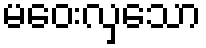
မဝေးလှသော